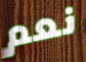
نعم